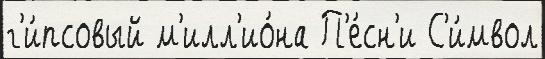
г'и́псовый м'илл'ио́на П'е́сн'и С'и́мвол